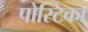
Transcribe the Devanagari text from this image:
पोस्टिका